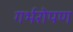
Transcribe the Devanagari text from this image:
गर्भरोपण